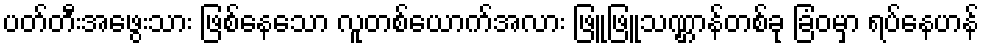
ပတ်တီးအဖွေးသား ဖြစ်နေသော လူတစ်ယောက်အလား ဖြူဖြူသဏ္ဌာန်တစ်ခု ခြံဝမှာ ရပ်နေဟန်